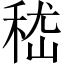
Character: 嵇